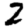
Digit: 2